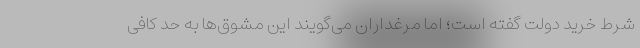
شرط خرید دولت گفته است؛ اما مرغداران می‌گویند این مشوق‌ها به حد کافی